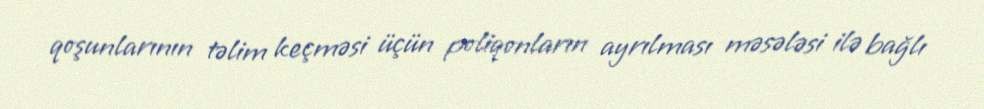
qoşunlarının təlim keçməsi üçün poliqonların ayrılması məsələsi ilə bağlı